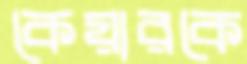
কেয়ারকে